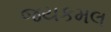
જયકમલ